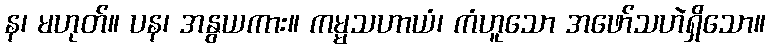
န၊ မဟုတ်။ ပန၊ အနွယကား။ ကမ္မသဟာယံ၊ ကံဟူသော အဖော်သဟဲရှိသော။